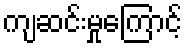
ကျဆင်းမှုကြောင့်